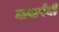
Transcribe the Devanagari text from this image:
वाजपेयीं